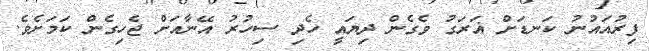
ފިރުއައުނު ކަނޑަށް ޣަރަގު ވެގެން ދިޔައީ ހެދި ސިހުރު އޭނާއަށް ޖެހިގެން ކަމަށެވެ.